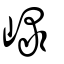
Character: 𡸮